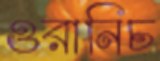
ওরানিচ